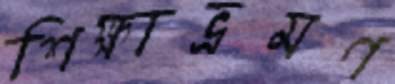
শিক্ষাভ্রমণ